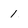
Character: 1